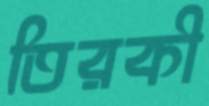
তিরকী